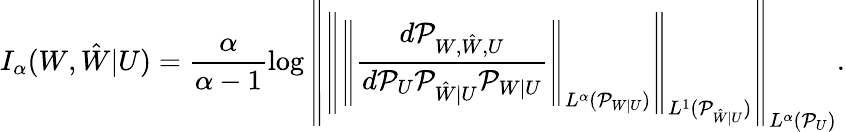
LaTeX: I_{\alpha}(W,\hat{W}|U)=\frac{\alpha}{\alpha-1}\log\left\lVert\left\lVert\left\lVert\frac{d\mathcal{P}_{W,\hat{W},U}}{d\mathcal{P}_{U}\mathcal{P}_{\hat{W}|U}\mathcal{P}_{W|U}}\right\rVert_{L^{\alpha}(\mathcal{P}_{W|U})}\right\rVert_{L^{1}(\mathcal{P}_{\hat{W}|U})}\right\rVert_{L^{\alpha}(\mathcal{P}_{U})}.